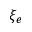
\xi _ { e }